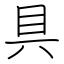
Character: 具